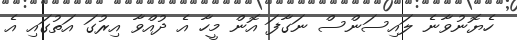
ހެޔޮނުވާނެ ލައިސަންސް ނަގާފަ އޮން މީހާ އެ ދުއްވާ އިރުގަ އަތުގައި އެ